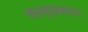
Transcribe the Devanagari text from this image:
फतहप्रकाश